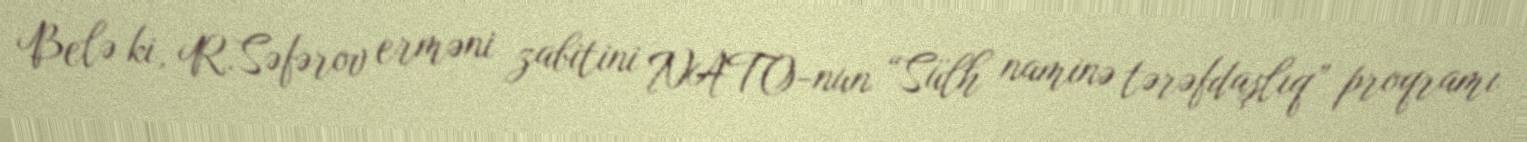
Belə ki, R.Səfərov erməni zabitini NATO-nun “Sülh naminə tərəfdaşlıq” proqramı